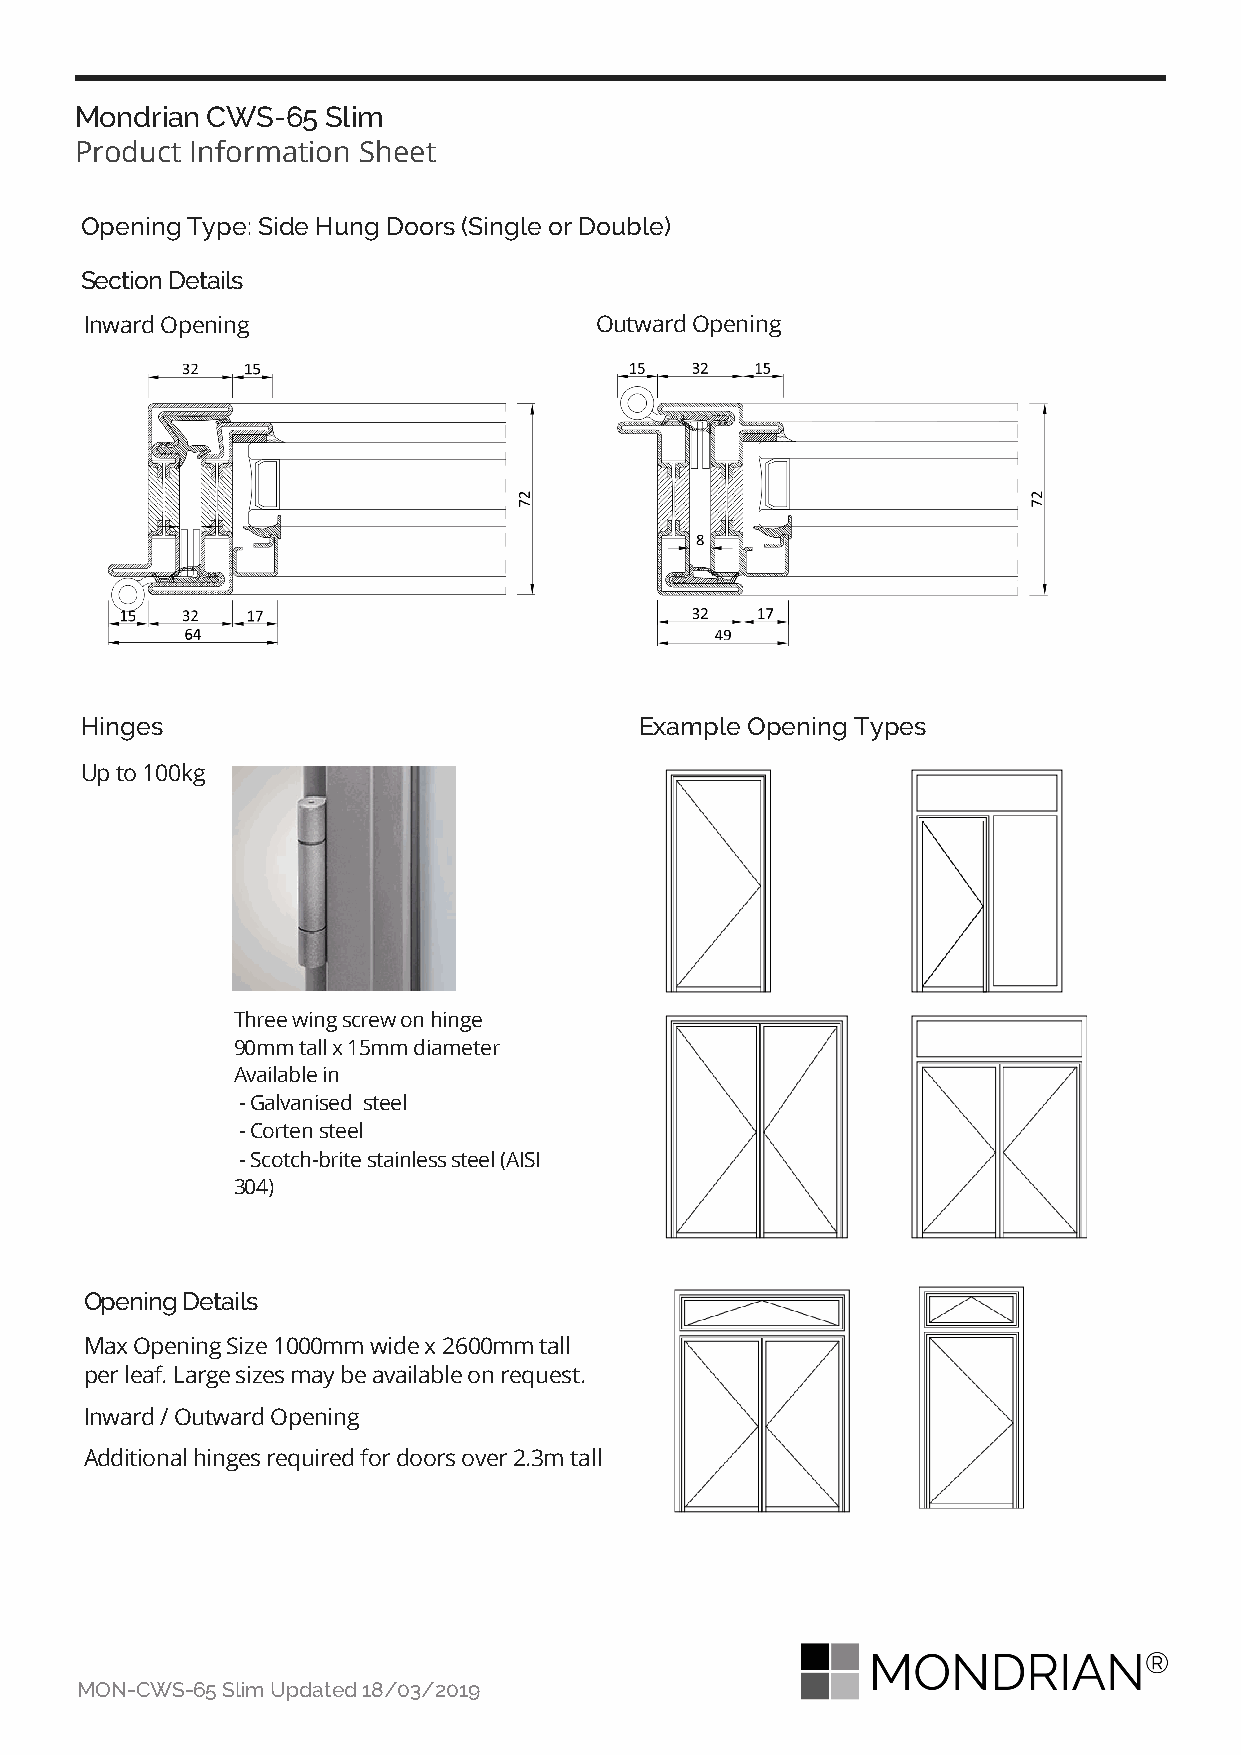
Mondrian CWS-65  Slim
 Product Information Sheet
 Opening Type: Side Hung Doors (Single or Double)
 Section Details
 Inward Opening                   Outward Opening
 Hinges                               Example Opening Types
 Up to 100kg
 Three wing screw on hinge
 90mm tall x 15mm diameter
 Available in
 - Galvanised steel
 - Corten steel
 - Scotch-brite stainless steel (AISI
 304)
 Opening Details
 Max Opening Size 1000mm wide x 2600mm tall
 per leaf. Large sizes may be available on request.
 Inward / Outward Opening
 Additional hinges required for doors over 2.3m tall
 MON-CWS-65 Slim Updated 18/03/2019